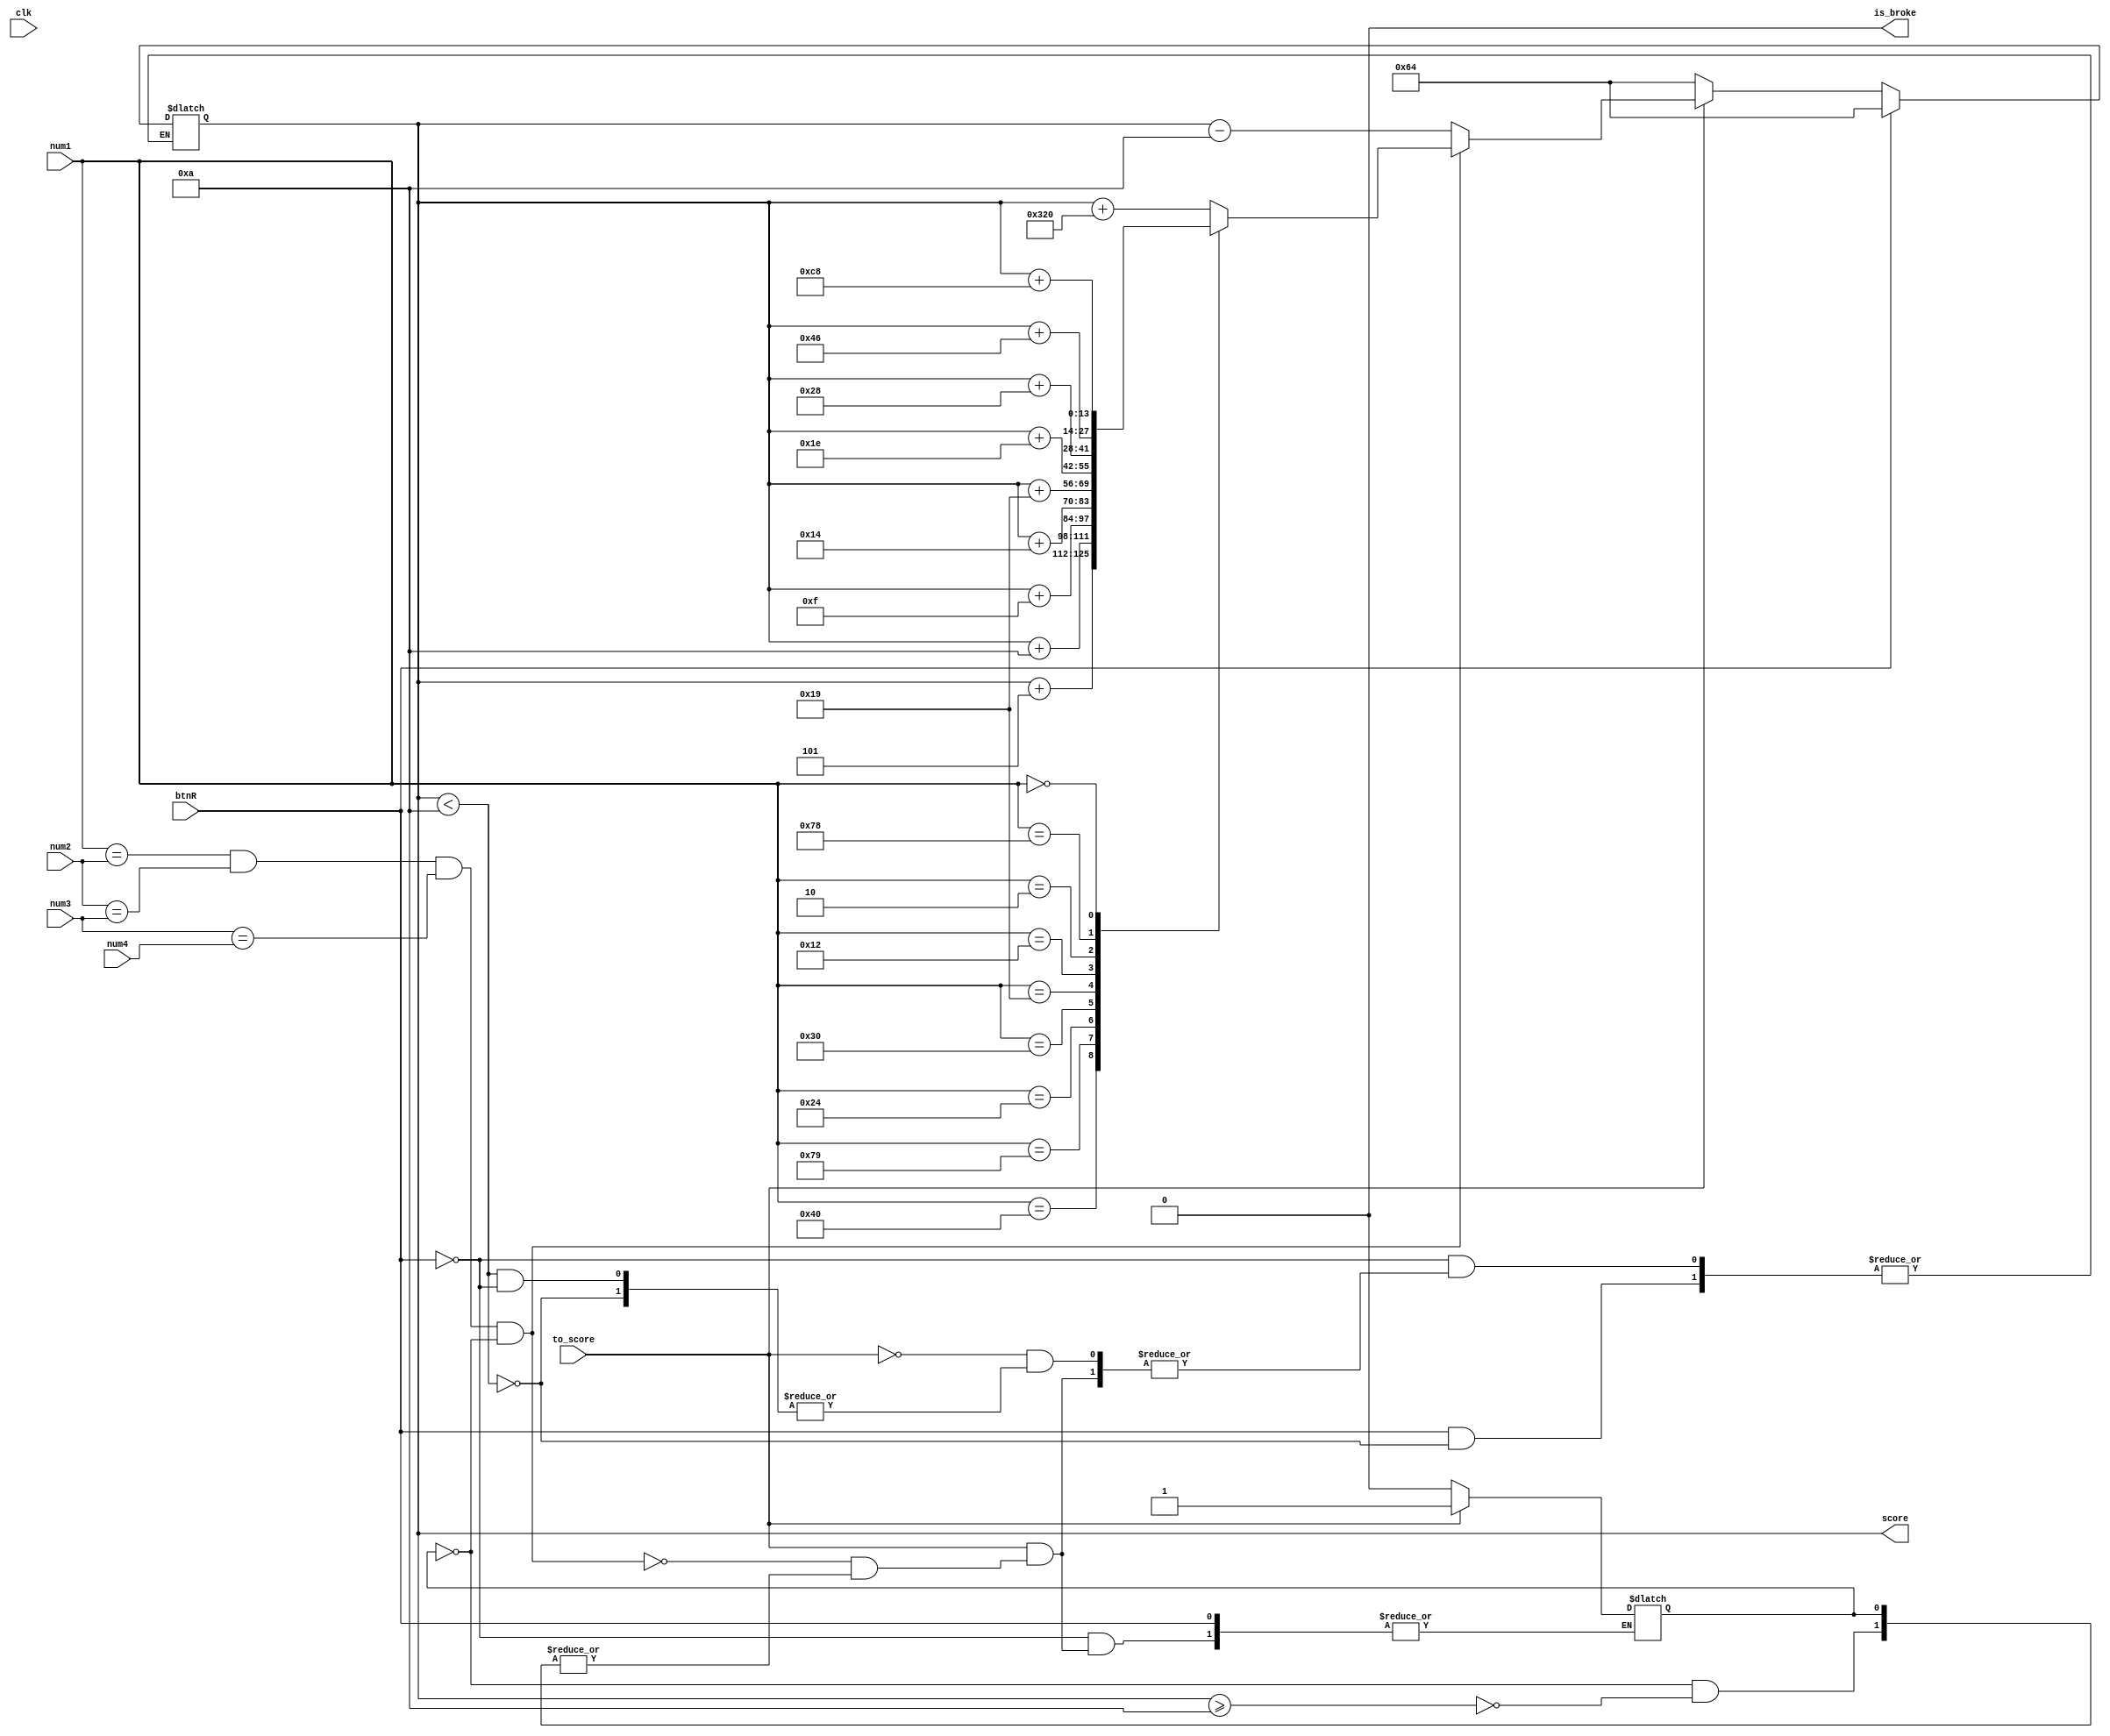
`timescale 1ns / 1ps
//////////////////////////////////////////////////////////////////////////////////
// Company: 
// 
// Design Name: 
// Module Name: scoring
// Project Name: 
// Target Devices: 
// Tool Versions: 
// Description: 
// 
// Dependencies: 
// 
// Revision:
// Revision 0.01 - File Created
// Additional Comments:
// 
//////////////////////////////////////////////////////////////////////////////////


module scoring(
    input clk,
    input [6:0] num1,
    input [6:0] num2,
    input [6:0] num3,
    input [6:0] num4,
    input btnR,
    input to_score,
    output [13:0] score,
    output is_broke
    );
    // need to keep tracj of past score
    // need to dertermine when to score
    reg[13:0] temp_score =  14'b1100100;
    reg scored = 1'b0;
    reg temp_broke = 1'b0;

    always @(*) begin

        if (btnR) begin
            if (temp_score  < 14'b1010) begin
                temp_score <= 14'b1100100;
            end
        end

        else if (to_score)begin
            if (num1== num2 && num2== num3 && num3 == num4 && !scored) begin
                case(num1) 
                    7'b1000000: temp_score <= score + 14'b00000101; //might need to deduct 10 from all of these ?
                    7'b1111001: temp_score <= score + 14'b000001010;
                    7'b0100100: temp_score <= score + 14'b000001111;
                    7'b0110000: temp_score <= score + 14'b0000010100;
                    7'b0011001: temp_score <= score + 14'b0000011001;
                    7'b0010010: temp_score <= score + 14'b0000011110;
                    7'b0000010: temp_score <= score + 14'b00000101000;
                    7'b1111000: temp_score <= score + 14'b000001000110;
                    7'b0000000: temp_score <= score +  14'b00000011001000;
                    default: temp_score <= score +  14'b1100100000;
                endcase
                scored <= 1'b1;
                 
            end
            else begin
                if (!scored) begin
                    if (temp_score >= 14'b1010) begin
                        temp_score <= score - 14'b1010;
                        scored <= 1'b1;
                    end
                 end
            end
            //scored = 1'b1;
        end
        else begin
            if (temp_score  <  14'b1010) begin
                if (btnR) begin
                    temp_score <= 14'b1100100;
                end
            end else begin
                temp_score  <= score;
            end     
            scored <= 1'b0;

        end
    end
    assign score = temp_score;
    assign is_broke = temp_broke;
endmodule